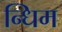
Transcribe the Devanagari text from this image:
न्धिम